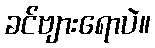
ခင်ဗျားရောပဲ။